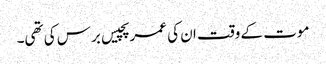
موت کے وقت ان کی عمر پچیس برس کی تھی۔